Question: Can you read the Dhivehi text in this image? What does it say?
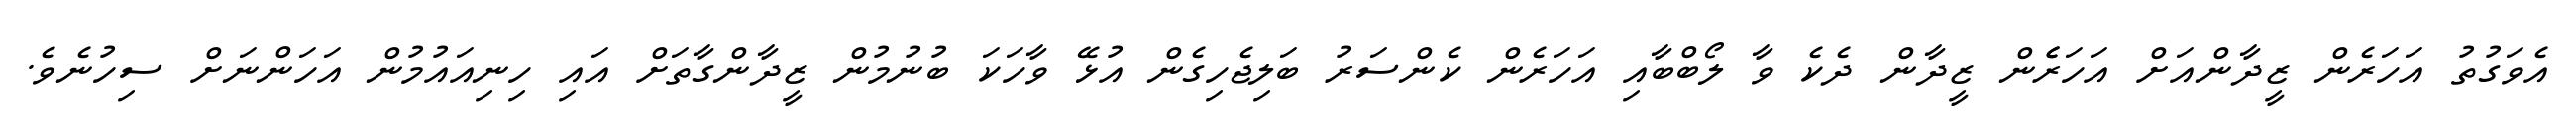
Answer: އެވަގުތު އަހަރެން ޒީދާންއަށް އަހަރެެން ޒީދާން ދެކެ ވާ ލޯބްބާއި އަހަރެން ކެންސަރު ބަލިޖެހިގެން އުޅޭ ވާހަކަ ބުނުމުން ޒީދާންގާތަށް އައި ހިނިއައުމުން އަހަންނަށް ސިހުނެވެ.